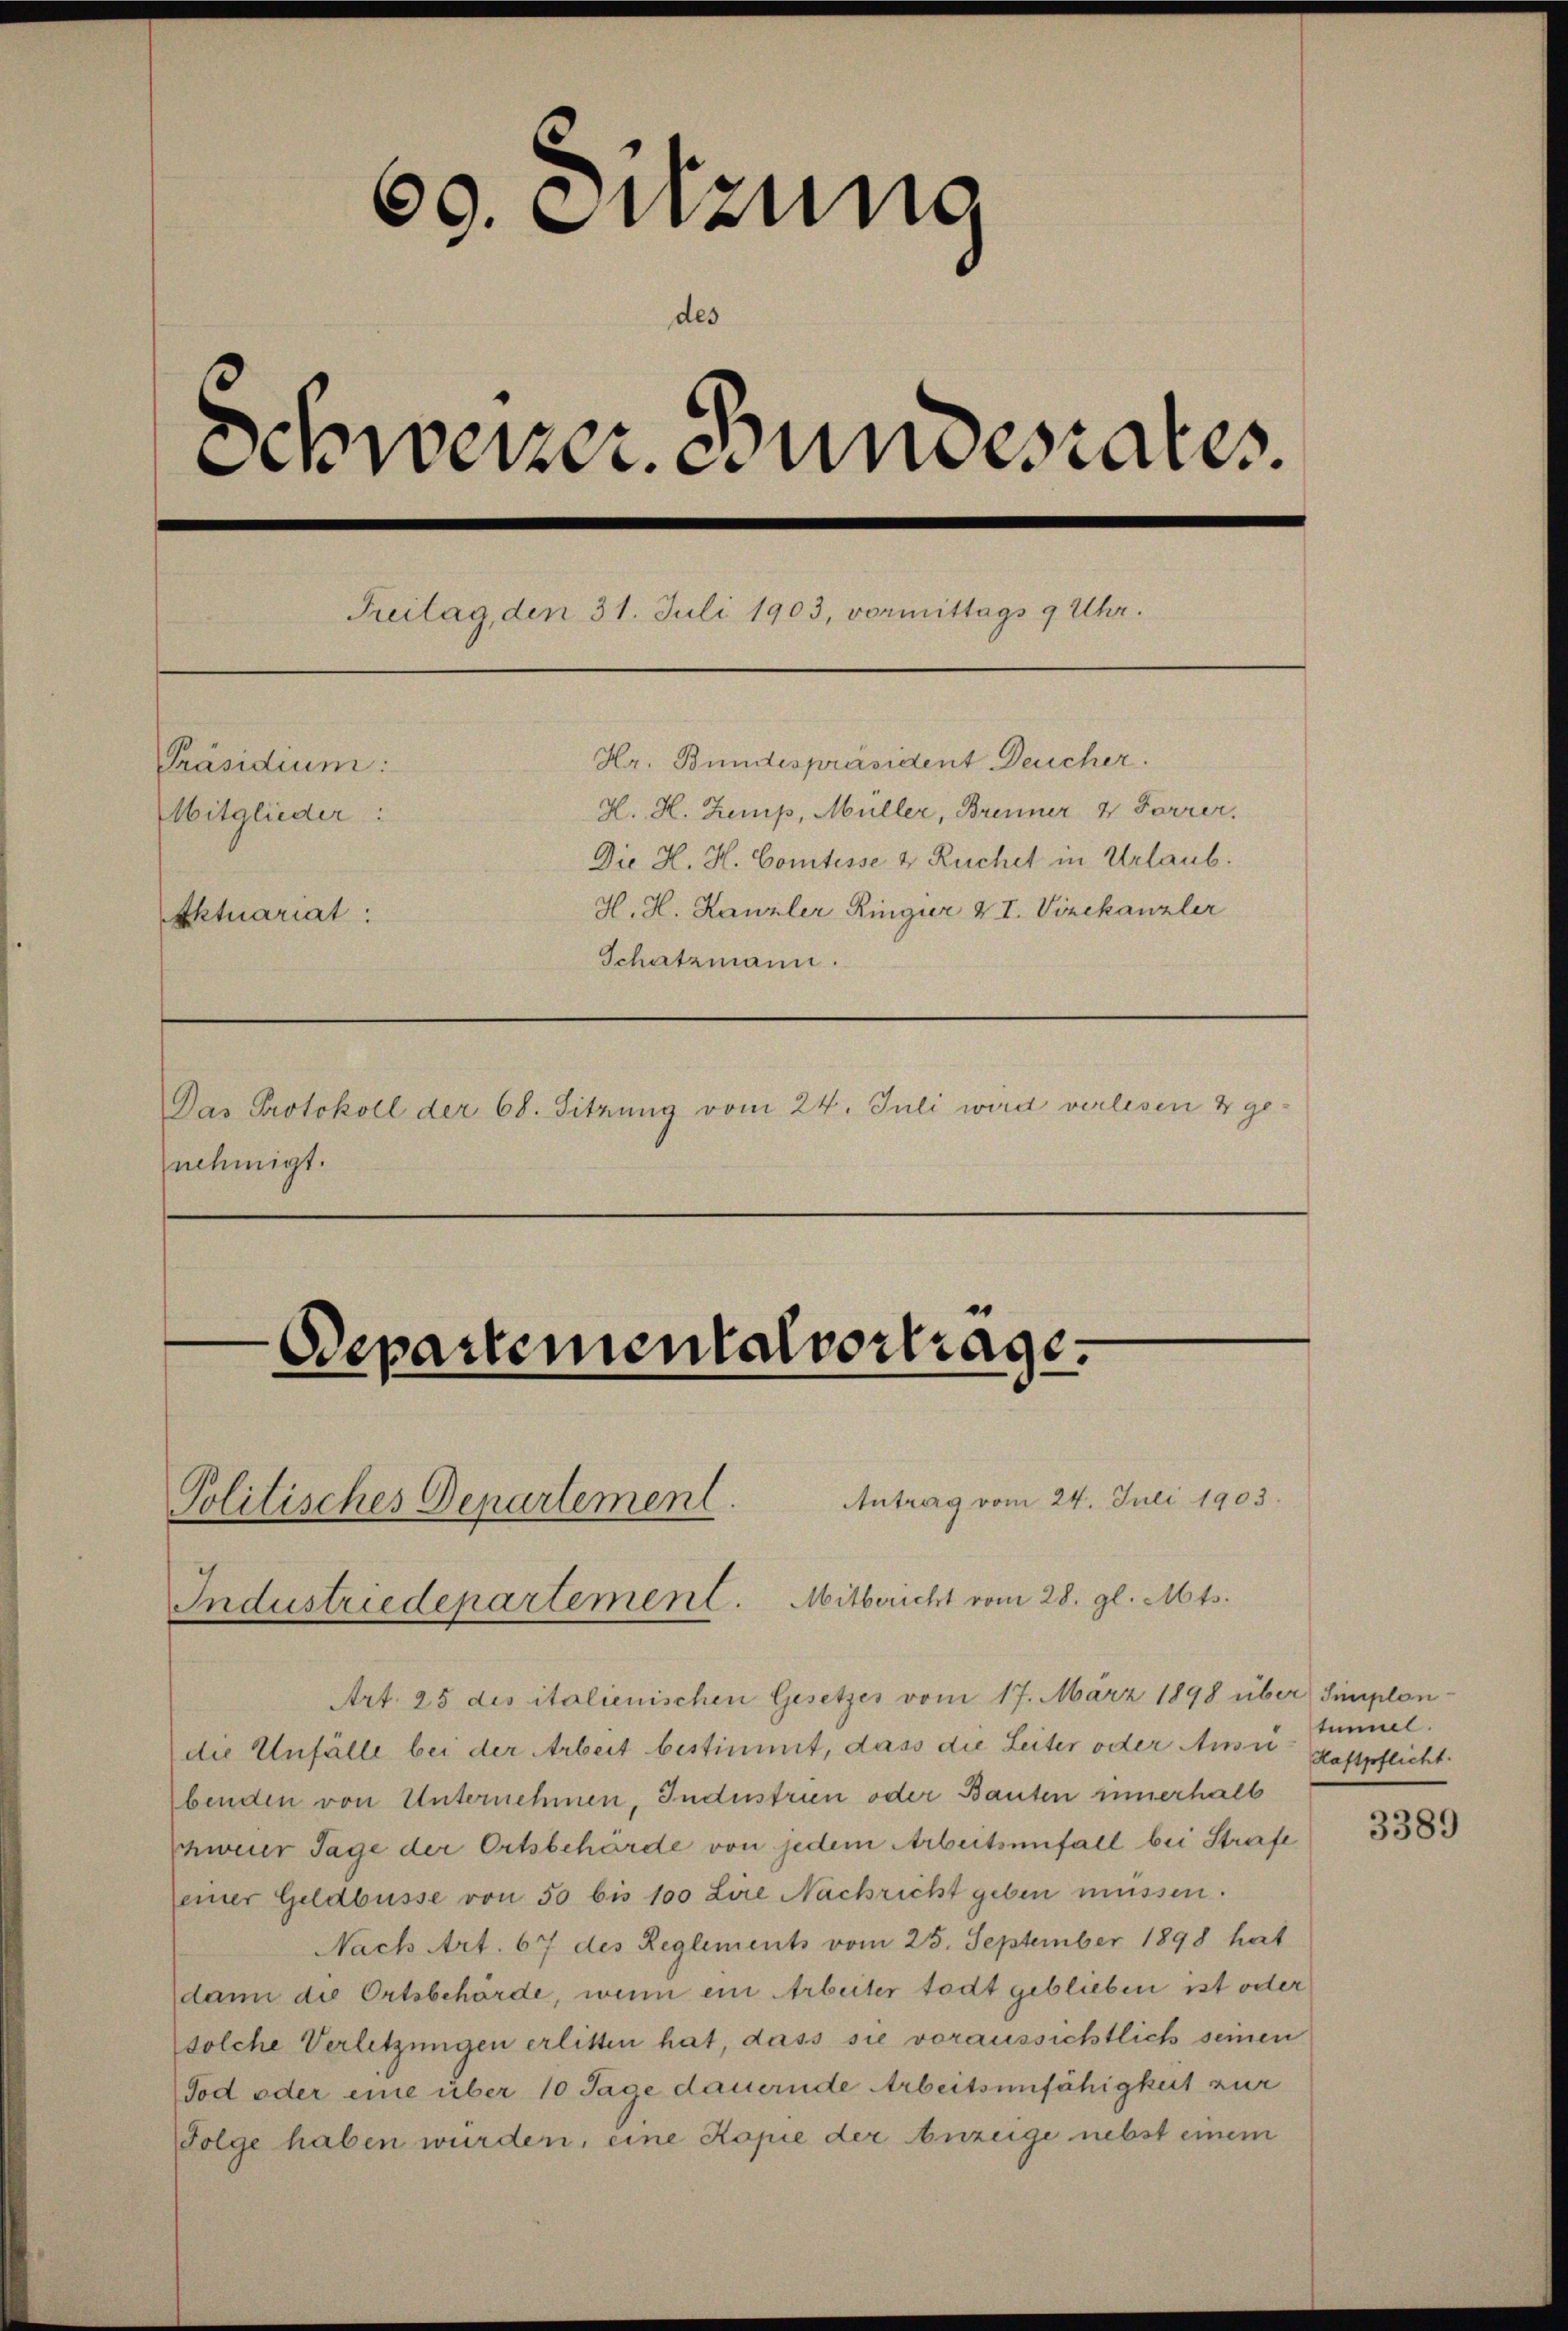
69. Sitzung
des
Schweizer. Bundesrates.
Treitag, den 31. Juli 1903, vormittags 9 Uhr.
Hr. Bundespräsident Deucher.
Präsidium:
H. H. Zemp, Müller, Brenner & Forrer.
Mitglieder:
Die H. H. Comtesse & Ruchet in Urlaub.
H. H. Kanzler Ringier VI. Vizekanzler
Ektuariat:
Schatzmann.
Das Protokoll der 68. Sitzung vom 24. Juli wird verlesen 4 genehmigt.

Departemental vortrage.

Art. 25 des italienischen Gesetzes vom 17. März 1898 über Simplondie Unfälle bei der Arbeit bestimmt, dass die Leiter oder Ausst hastpflicht.
benden von Unternehmen, Industrien oder Bauten innerhalb
Schweier Tage der Ortsbehörde von jedem Arbeitsunfall bei Strafe
seiner Geldbusse von 50 bis 100 Lire Nachricht geben müssen.
Nach Art. 67 des Reglements vom 25. September 1898 hat
dann die Ortsbehörde, wenn ein Arbeiter todt geblieben ist oder
solche Verletzungen erlitten hat, dass sie voraussichtlich seinen
Tod oder eine über 10 Tage dauernde Arbeitsunfähigkeit zur
Folge haben wurden, eine Kopie der Anzeige nebst einem

Politisches Departement.
Industriedepartement. Mitbericht vom 28. gl. Mts.

Antrag vom 24. Juli 1903.

timmel.

3389